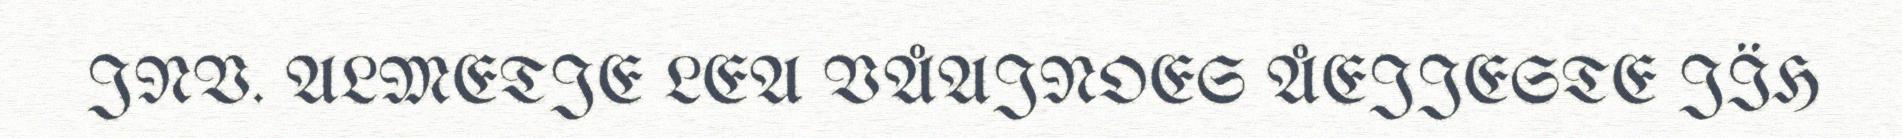
JNV. ALMETJE LEA VÅAJNOES ÅEJJESTE JÏH